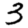
Digit: 3